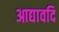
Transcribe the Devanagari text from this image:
आद्यावदि